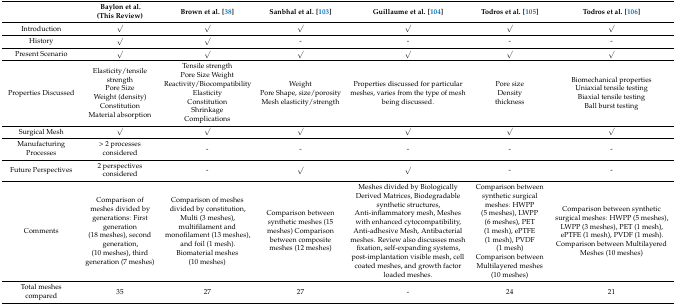
|  | Baylon et al. (This Review) | Brown et al. [38] | Sanbhal et al. [103] | Guillaume et al. [104] | Todros et al. [105] | Todros et al. [106] |
 | --- | --- | --- | --- | --- | --- | --- |
 | Introduction | √ | √ | √ | √ | √ | √ |
 | History | √ | √ | - | - | - | - |
 | Present Scenario | √ | √ | √ | √ | √ | √ |
 | Properties Discussed | Elasticity/tensile strength Pore Size Weight (density) Constitution Material absorption | Tensile strength Pore Size Weight Reactivity/Biocompatibility Elasticity Constitution Shrinkage Complications | Weight Pore Shape, size/porosity Mesh elasticity/strength | Properties discussed for particular meshes, varies from the type of mesh being discussed. | Pore size Density thickness | Biomechanical properties Uniaxial tensile testing Biaxial tensile testing Ball burst testing |
 | Surgical Mesh | √ | √ | √ | √ | √ | √ |
 | Manufacturing Processes | > 2 processes considered | - | - | - | - | - |
 | Future Perspectives | 2 perspectives considered | - | √ | √ | - | - |
 | Comments | Comparison of meshes divided by generations: First generation (18 meshes), second generation, (10 meshes), third generation (7 meshes) | Comparison of meshes divided by constitution, Multi (3 meshes), multifilament and monofilament (13 meshes), and foil (1 mesh). Biomaterial meshes (10 meshes) | Comparison between synthetic meshes (15 meshes) Comparison between composite meshes (12 meshes) | Meshes divided by Biologically Derived Matrices, Biodegradable synthetic structures, Anti-inflammatory mesh, Meshes with enhanced cytocompatibility, Anti-adhesive Mesh, Antibacterial meshes. Review also discusses mesh fixation, self-expanding systems, post-implantation visible mesh, cell coated meshes, and growth factor loaded meshes. | Comparison between synthetic surgical meshes: HWPP (5 meshes), LWPP (6 meshes), PET (1mesh), ePTFE (1 mesh), PVDF (1 mesh) Comparison between Multilayered meshes (10 meshes) | Comparison between synthetic surgical meshes: HWPP (5 meshes), LWPP (3 meshes), PET (1 mesh), ePTFE (1 mesh), PVDF (1 mesh). Comparison between Multilayered Meshes (10 meshes) |
 | Total meshes compared | 35 | 27 | 27 | - | 24 | 21 |